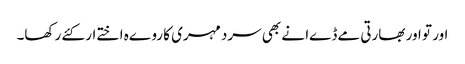
اور تو اور بھارتی مےڈےا نے بھی سرد مہری کا روےہ اختےار کئے رکھا۔